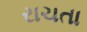
રાચતા